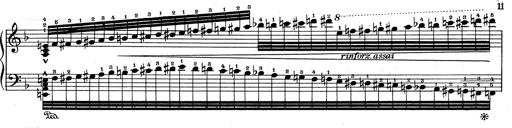
Title: RÃ©miniscences de Don Juan
Composer: Franz Liszt